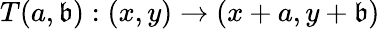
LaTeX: T(a,\mathfrak{b}):(x,y)\rightarrow(x+a,y+\mathfrak{b})